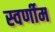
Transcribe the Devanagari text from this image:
स्वर्णीम